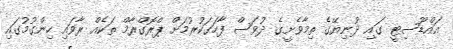
އައްޑޫސިޓީ ގައި ދުނިޔޭގެ ތިމާވެށީގެ ދުވަސް ފާހަގަކުރުމަށް ޕްރޮގްރާމް ތަކެއް ރާވައި ހިންގުމުގައި